Inquiry into the circumstances attending an outbreak of cholera in H. M.'s 18th Hussars at Secunderabad in the month of May
Year: 1871
Disease focus: Cholera
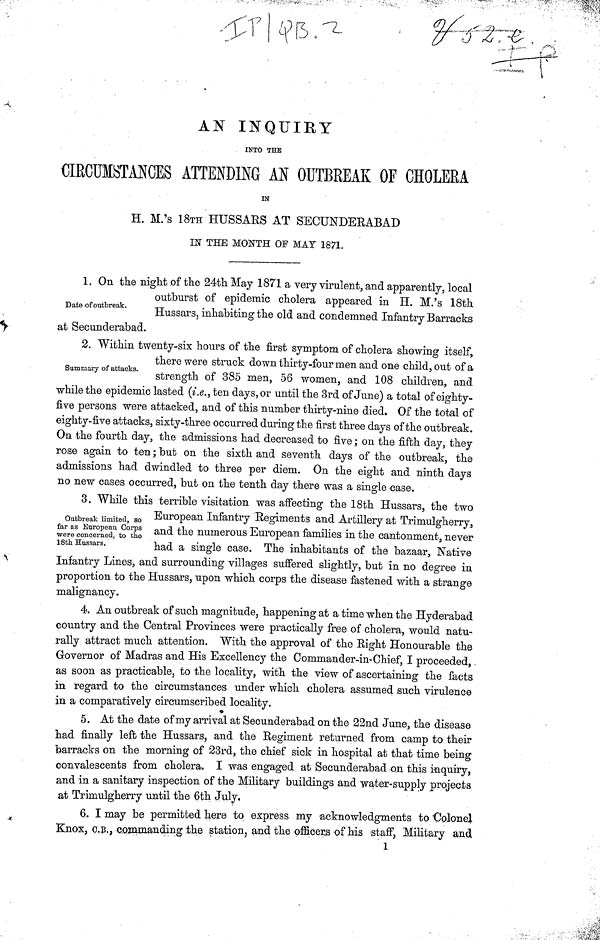
AN INQUIRY
INTO THE
CIRCUMSTANCES ATTENDING AN OUTBREAK OF CHOLERA
IN
H. M.'s 18TΗ HUSSARS AT SECUNDERABAD
IN THE MONTH OF MAY 1871.
1. On the night of the 24th May 1871 a very virulent, and apparently, local
outburst of epidemic cholera appeared in H. M.'s 18th
Hussars, inhabiting the old and condemned Infantry Barracks
at Secunderabad.
2. Within twenty-six hours of the first symptom of cholera showing itself,
there were struck down thirty-four men and one child, out of a
Summary of attacks.
strength or 385 men, 5b women, and 108 children, and
while the epidemic lasted (i.e., ten days, or until the 3rd of June) a total of eighty-
five persons were attacked, and of this number thirty-nine died. Of the total of
eighty-five attacks, sixty-three occurred during the first three days of the outbreak.
On the fourth day, the admissions had decreased to five ; on the fifth day, they
rose again to ten ; but on the sixth and seventh days of the outbreak, the
admissions had dwindled to three per diem. On the eight and ninth days
no new cases occurred, but on the tenth day there was a single case.
3. While this terrible visitation was affecting the 18th Hussars, the two
Outbreak limited, so as far as European Co r p s Infantry Regiments and Artillery at Trimulgherry,
were concered, to the and the numerous European families in the cantonment, never
18th Hussars.
had
a
single
The inhabitants of the bazaar, Native
Infantry Lines, and surrounding villages suffered slightly, but in no degree in
proportion to the Hussars, upon which corps the disease fastened with a strange
malignancy.
4. An outbreak of such magnitude, happening at a time when the Hyderabad
country and the Central Provinces were practically free of cholera, would natu-
rally attract much attention. With the approval of the Right Honourable the
Governor of Madras and His Excellency the Commander-in-Chief, I proceeded,
as soon as practicable, to the locality, with the view of ascertaining the facts
in regard to the circumstances under which cholera assumed such virulence
in a comparatively circumscribed locality.
5. At the date of my arrival at Secunderabad on the 22nd June, the disease
had finally left the Hussars, and the Regiment returned from camp to their
barracks on the morning of 23rd, the chief sick in hospital at that time being
convalescents from cholera. I was engaged at Secunderabad on this inquiry,
and in a sanitary inspection of the Military buildings and water-supply projects
at Trimulgherry until the 6th July,
6. I may be permitted here to express my acknowledgments to Colonel
Knox, O.B., commanding the station, and the officers of his staff, Military and
1